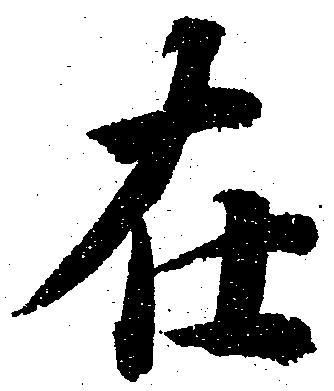
在